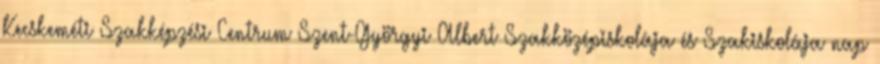
Kecskeméti Szakképzési Centrum Szent-Györgyi Albert Szakközépiskolája és Szakiskolája nap